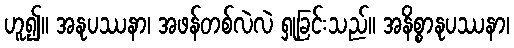
ဟူ၍။ အနုပဿနာ၊ အဖန်တစ်လဲလဲ ရှုခြင်းသည်။ အနိစ္စာနုပဿနာ၊